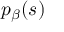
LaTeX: p _ { \beta } ( s )